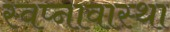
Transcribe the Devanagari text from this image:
स्वप्नावास्था